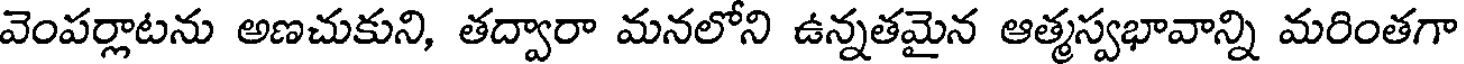
వెంపర్లాటను అణచుకుని, తద్వారా మనలోని ఉన్నతమైన ఆత్మస్వభావాన్ని మరింతగా